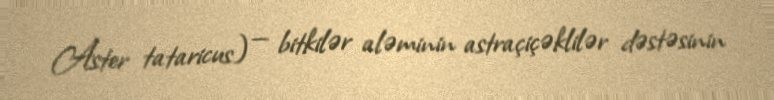
Aster tataricus) — bitkilər aləminin astraçiçəklilər dəstəsinin